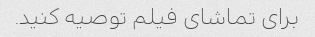
برای تماشای فیلم توصیه کنید.